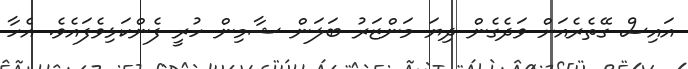
އައިސް ގޭތެރެއަށް ވަދެގެން ދިޔަ މަންޒަރު ބަލަން ޝާމިން ހުރީ ފެންކަޅިވެފައެވެ. އެހާ